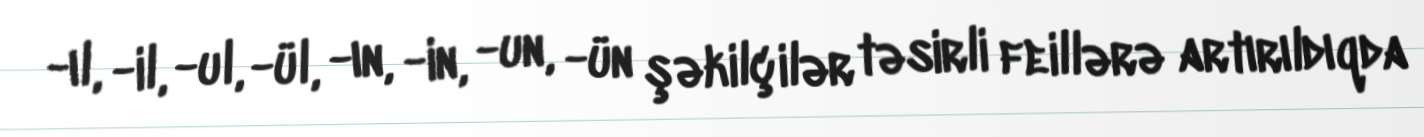
-ıl, -il, -ul, -ül, -ın, -in, -un, -ün şəkilçilər təsirli feillərə artırıldıqda